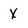
Character: X